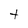
Character: t